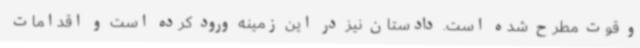
و قوت مطرح شده است. دادستان نیز در این زمینه ورود کرده است و اقدامات